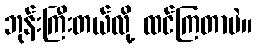
ဘုန်းကြီးတယ်လို့ ထင်ကြတာပဲ။